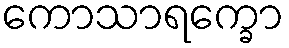
ကောသာရက္ခော